Report of an investigation of the epidemic of malarial fever in Assam, or, kala-azar
Disease focus: Malaria
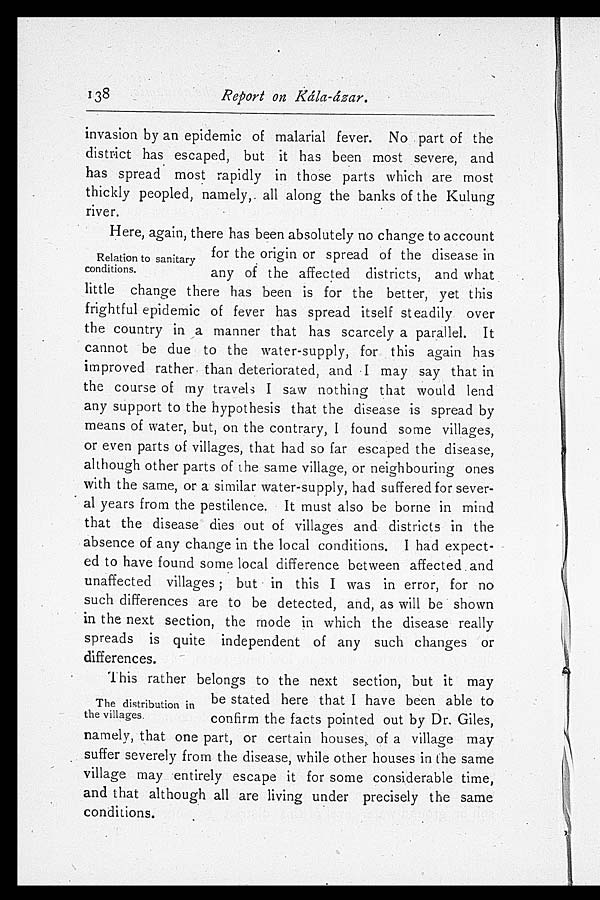
138
Report on Kála-ázar.
invasion by an epidemic of malarial fever. No part of the
district has escaped, but it has been most severe, and
has spread most rapidly in those parts which are most
thickly peopled, namely, all along the banks of the Kulung
river.
Here, again, there has been absolutely no change to account
for the origin or spread of the disease in
Relation to sanitary
conditions.
any of the affected districts, and what
little change there has been is for the better, yet this
frightful epidemic of fever has spread itself steadily over
the country in a manner that has scarcely a parallel. It
cannot be due to the water-supply, for this again has
improved rather than deteriorated, and I may say that in
the course of my travels I saw nothing that would lend
any support to the hypothesis that the disease is spread by
means of water, but, on the contrary, I found some villages,
or even parts of villages, that had so far escaped the disease,
although other parts of the same village, or neighbouring ones
with the same, or a similar water-supply, had suffered for sever
- a l y e a r s f r o m t h e p e s t i l e n c e . I t m u s t a l s o b e b o r n e i n m i n d
that the disease dies out of villages and districts in the
absence of any change in the local conditions. I had expect-
ed to have found some local difference between affected and
unaffected villages; but in this I was in error, for no
such differences are to be detected, and, as will be shown
in the next section, the mode in which the disease really
spreads is quite independent of any such changes or
differences.
This rather belongs to the next section, but it may
be stated here that I have been able to
The distribution in
the villages. confirm the facts pointed out by Dr. Giles,
namely, that one part, or certain houses, of a village may
suffer severely from the disease, while other houses in the same
village may entirely escape it for some considerable time,
and that although all are living under precisely the same
conditions.